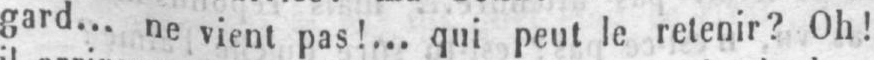
gard... ne vient pas!... qui peut le retenir? Oh!